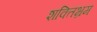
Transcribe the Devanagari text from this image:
शक्तिभ्रम